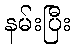
နမ်းပြီး